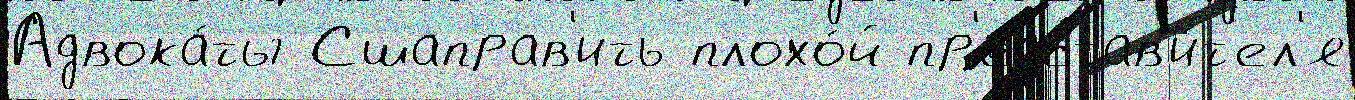
Адвока́ты Сшаправ'ить плохо́й пр'едстав'и́т'ел'я